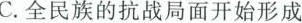
C.全民族的抗战局面开始形成